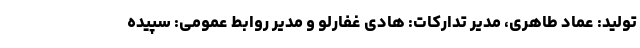
تولید: عماد طاهری، مدیر تدارکات: هادی غفارلو و مدیر روابط عمومی: سپیده